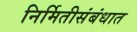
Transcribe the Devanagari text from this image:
निर्मितीसंबंधात